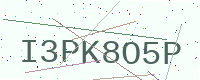
Text: I3PK8O5P